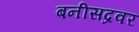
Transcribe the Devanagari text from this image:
बनीसद्रवर